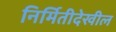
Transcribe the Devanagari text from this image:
निर्मितीदेखील